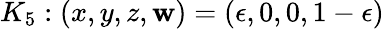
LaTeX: K_{5}:(x,y,z,\mathbf{w})=(\epsilon,0,0,1-\epsilon)